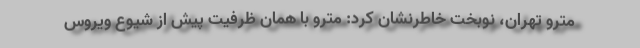
مترو تهران، نوبخت خاطرنشان کرد: مترو با همان ظرفیت پیش از شیوع ویروس